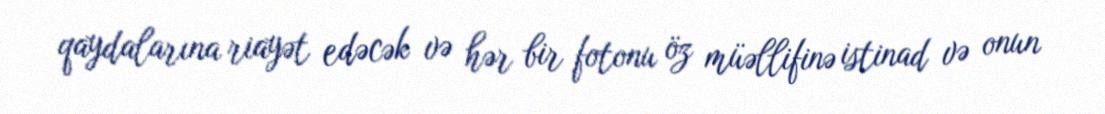
qaydalarına riayət edəcək və hər bir fotonu öz müəllifinə istinad və onun